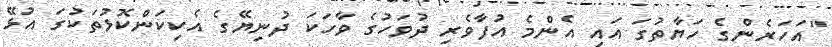
"އަހަރެންގެ ހަޔާތުގަ އައި އެންމެ އުފާވެރި ދުވަހުގެ ވާހަކަ ދުނިޔޭގެ އެކިކަންކޮޅުތަކުގަ އުޅޭ